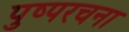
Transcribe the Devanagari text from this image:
पुष्परचना